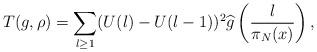
LaTeX: \begin{align*}T(g,\rho) = \sum_{l \geq 1}(U(l) - U(l-1))^2 \widehat{g}\left(\frac{l}{\pi_N(x)}\right),\end{align*}